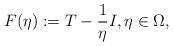
LaTeX: \begin{align*}F(\eta) := T - \frac{1}{\eta} I, \eta \in \Omega,\end{align*}